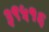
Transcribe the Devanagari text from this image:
३९५१६